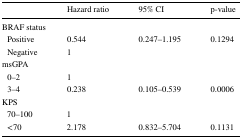
|  | Hazard ratio | 95% CI | p-value |
 | --- | --- | --- | --- |
 | <COLSPAN=4> BRAF status |
 | Positive | 0.544 | <ROWSPAN=2> 0.247–1.195 | <ROWSPAN=2> 0.1294 |
 | Negative | 1 |
 | <COLSPAN=4> msGPA |
 | 0–2 | 1 |  |  |
 | 3–4 | 0.238 | 0.105–0.539 | 0.0006 |
 | <COLSPAN=4> KPS |
 | 70–100 | 1 |  |  |
 | <70 | 2.178 | 0.832–5.704 | 0.1131 |